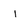
Character: I